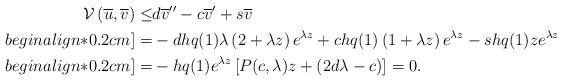
LaTeX: \begin{align*} \mathcal{V}\left(\overline{u},\overline{v}\right)\leq&d\overline{v}''-c\overline{v}'+s\overline{v}\\begin{align*}0.2cm] =&-dhq(1)\lambda\left(2+\lambda z\right) e^{\lambda z}+chq(1)\left(1+\lambda z\right) e^{\lambda z}-shq(1)z e^{\lambda z}\\begin{align*}0.2cm] =&-hq(1)e^{\lambda z}\left[ P(c,\lambda)z+(2d\lambda-c)\right]=0.\end{align*}